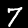
Digit: 7